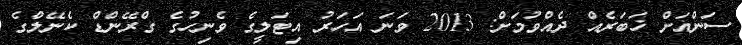
ސަންއަށް ޚަބަރެއް ދެއްވުމަށް: 2013 ވަނަ އަހަރު އިޓަލީގެ ވެނިހުގެ ގްރޭންޑް ކެނޭލްގެ